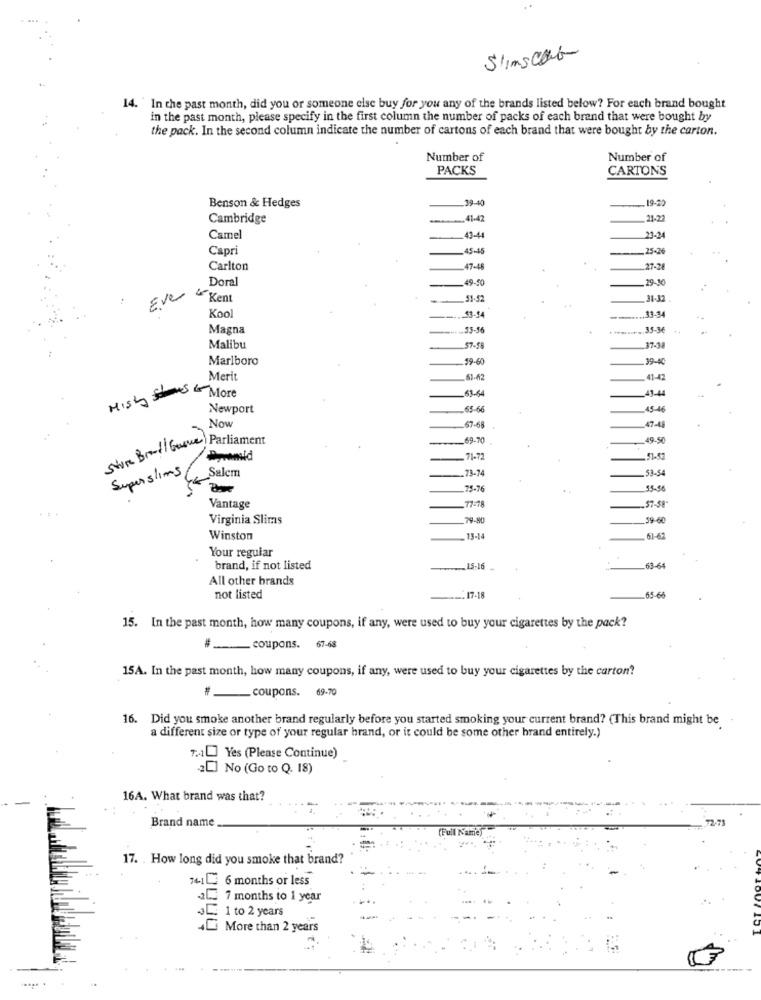
Slimscat
14. In the past month, did you or someone else buy for you any of the brands listed below? For each brand bought
in the past month, please specify in the first column the number of packs of each brand that were bought by
the pack. In the second column indicate the number of cartons of each brand that were bought by the carton.
Number of
Number of
PACKS
CARTONS
Benson & Hedges
39-40
.. 19-20
Cambridge
.41-42
21-22
Camel
43-44
23-24
Capri
45-45
25-26
Carlton
47-48
27-28
Doral
.49-10
.29-30
Eve
4º Kent
.51-52
31-32
33-34
Koo
Magna
55-56
35-36
Malibu
57-58
37-38
Marlboro
59-60
.39-40
Meri
.63-42
41-42
Misky More
63-64
-43-4
Newport
.65-66
45-46
Now
47-48
67-68
Store Brand/ Gasve) Parliament
69-70
_49-50
71-72
.51-52
Super slims
Salcm
.. 73-74
_53-54
75-76
55-56
77-18
Vantage
.. 57-58
Virginia Slims
79-80
.59-60
Winston
.13-14
Your regular
brand, if not listed
....... 15-16
_63-64
All other brands
65-64
not listed
-. 17-18
15. In the past month, how many coupons, if any, were used to buy your cigarettes by the pack?
# _____ coupons. 67-68
15A. In the past month, how many coupons, if any, were used to buy your cigarettes by the carton?
# __ coupons. 69-70
16. Did you smoke another brand regularly before you started smoking your current brand? (This brand might be
a different size or type of your regular brand, or it could be some other hrand entirely.)
7.410 Yes (Please Continue)
[] No (Go to Q. 18)
16A. What brand was that?
Brand name
72-71
(Full Namey
17. . How long did you smoke that brand?
74-1 6 months or less
2L. 7 months to 1 year
1 to 2 years
Li More than 2 years
3